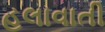
હલાવાતી